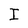
Character: I